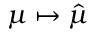
\mu \mapsto { \hat { \mu } }